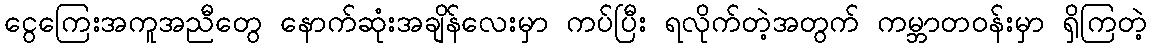
ငွေကြေးအကူအညီတွေ နောက်ဆုံးအချိန်လေးမှာ ကပ်ပြီး ရလိုက်တဲ့အတွက် ကမ္ဘာတဝန်းမှာ ရှိကြတဲ့